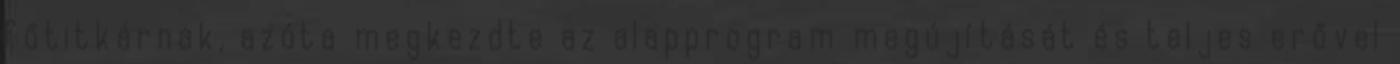
főtitkárnak, azóta megkezdte az alapprogram megújítását és teljes erővel